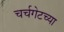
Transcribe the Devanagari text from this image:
चर्चगेटच्या